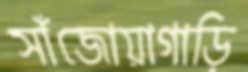
সাঁজোয়াগাড়ি